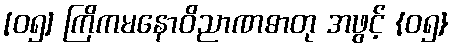
[၀၅] ကြိကမနောဝိညာဏဓာတု အဖွင့် {၀၅}